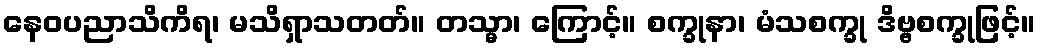
နေဝပညာသိကိရ၊ မသိရှာသတတ်။ တသ္မာ၊ ကြောင့်။ စက္ခုနာ၊ မံသစက္ခု ဒိဗ္ဗစက္ခုဖြင့်။